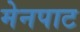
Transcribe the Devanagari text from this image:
मेनपाट